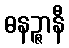
ဓနဉ္ဇာနီ